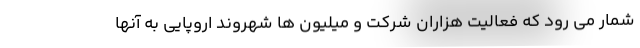
شمار می رود که فعالیت هزاران شرکت و میلیون ها شهروند اروپایی به آنها